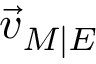
{ \vec { v } } _ { M \mid E }